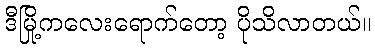
ဒီမြို့ကလေးရောက်တော့ ပိုသိလာတယ်။